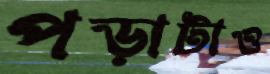
পড়াটাও